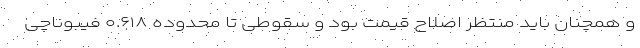
و همچنان باید منتظر اصلاح قیمت بود و سقوطی تا محدوده ۰.۶۱۸ فیبوناچی